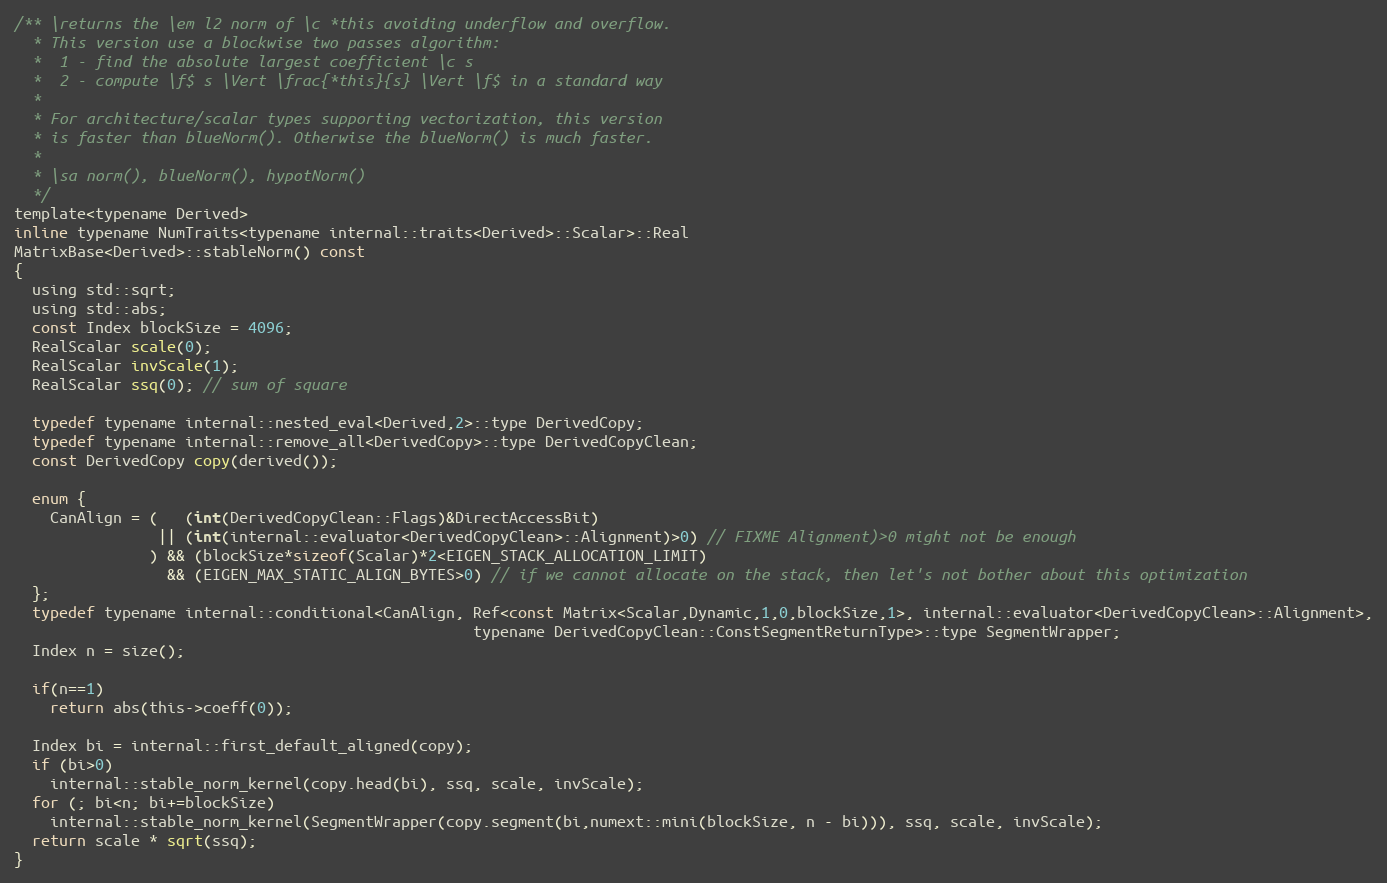
Language: C
/** \returns the \em l2 norm of \c *this avoiding underflow and overflow.
  * This version use a blockwise two passes algorithm:
  *  1 - find the absolute largest coefficient \c s
  *  2 - compute \f$ s \Vert \frac{*this}{s} \Vert \f$ in a standard way
  *
  * For architecture/scalar types supporting vectorization, this version
  * is faster than blueNorm(). Otherwise the blueNorm() is much faster.
  *
  * \sa norm(), blueNorm(), hypotNorm()
  */
template<typename Derived>
inline typename NumTraits<typename internal::traits<Derived>::Scalar>::Real
MatrixBase<Derived>::stableNorm() const
{
  using std::sqrt;
  using std::abs;
  const Index blockSize = 4096;
  RealScalar scale(0);
  RealScalar invScale(1);
  RealScalar ssq(0); // sum of square

  typedef typename internal::nested_eval<Derived,2>::type DerivedCopy;
  typedef typename internal::remove_all<DerivedCopy>::type DerivedCopyClean;
  const DerivedCopy copy(derived());

  enum {
    CanAlign = (   (int(DerivedCopyClean::Flags)&DirectAccessBit)
                || (int(internal::evaluator<DerivedCopyClean>::Alignment)>0) // FIXME Alignment)>0 might not be enough
               ) && (blockSize*sizeof(Scalar)*2<EIGEN_STACK_ALLOCATION_LIMIT)
                 && (EIGEN_MAX_STATIC_ALIGN_BYTES>0) // if we cannot allocate on the stack, then let's not bother about this optimization
  };
  typedef typename internal::conditional<CanAlign, Ref<const Matrix<Scalar,Dynamic,1,0,blockSize,1>, internal::evaluator<DerivedCopyClean>::Alignment>,
                                                   typename DerivedCopyClean::ConstSegmentReturnType>::type SegmentWrapper;
  Index n = size();

  if(n==1)
    return abs(this->coeff(0));

  Index bi = internal::first_default_aligned(copy);
  if (bi>0)
    internal::stable_norm_kernel(copy.head(bi), ssq, scale, invScale);
  for (; bi<n; bi+=blockSize)
    internal::stable_norm_kernel(SegmentWrapper(copy.segment(bi,numext::mini(blockSize, n - bi))), ssq, scale, invScale);
  return scale * sqrt(ssq);
}